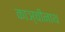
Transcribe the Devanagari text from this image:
काञ्चीनाथ